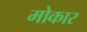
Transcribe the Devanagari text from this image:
मोकार